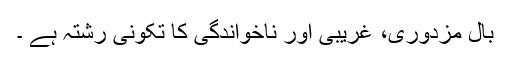
بال مزدوری، غریبی اور ناخواندگی کا تکونی رشتہ ہے ۔